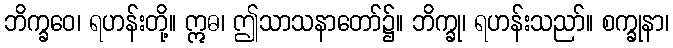
ဘိက္ခဝေ၊ ရဟန်းတို့။ ဣဓ၊ ဤသာသနာတော်၌။ ဘိက္ခု၊ ရဟန်းသညာ်။ စက္ခုနာ၊